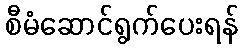
စီမံဆောင်ရွက်ပေးရန်